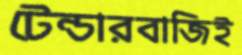
টেন্ডারবাজিই